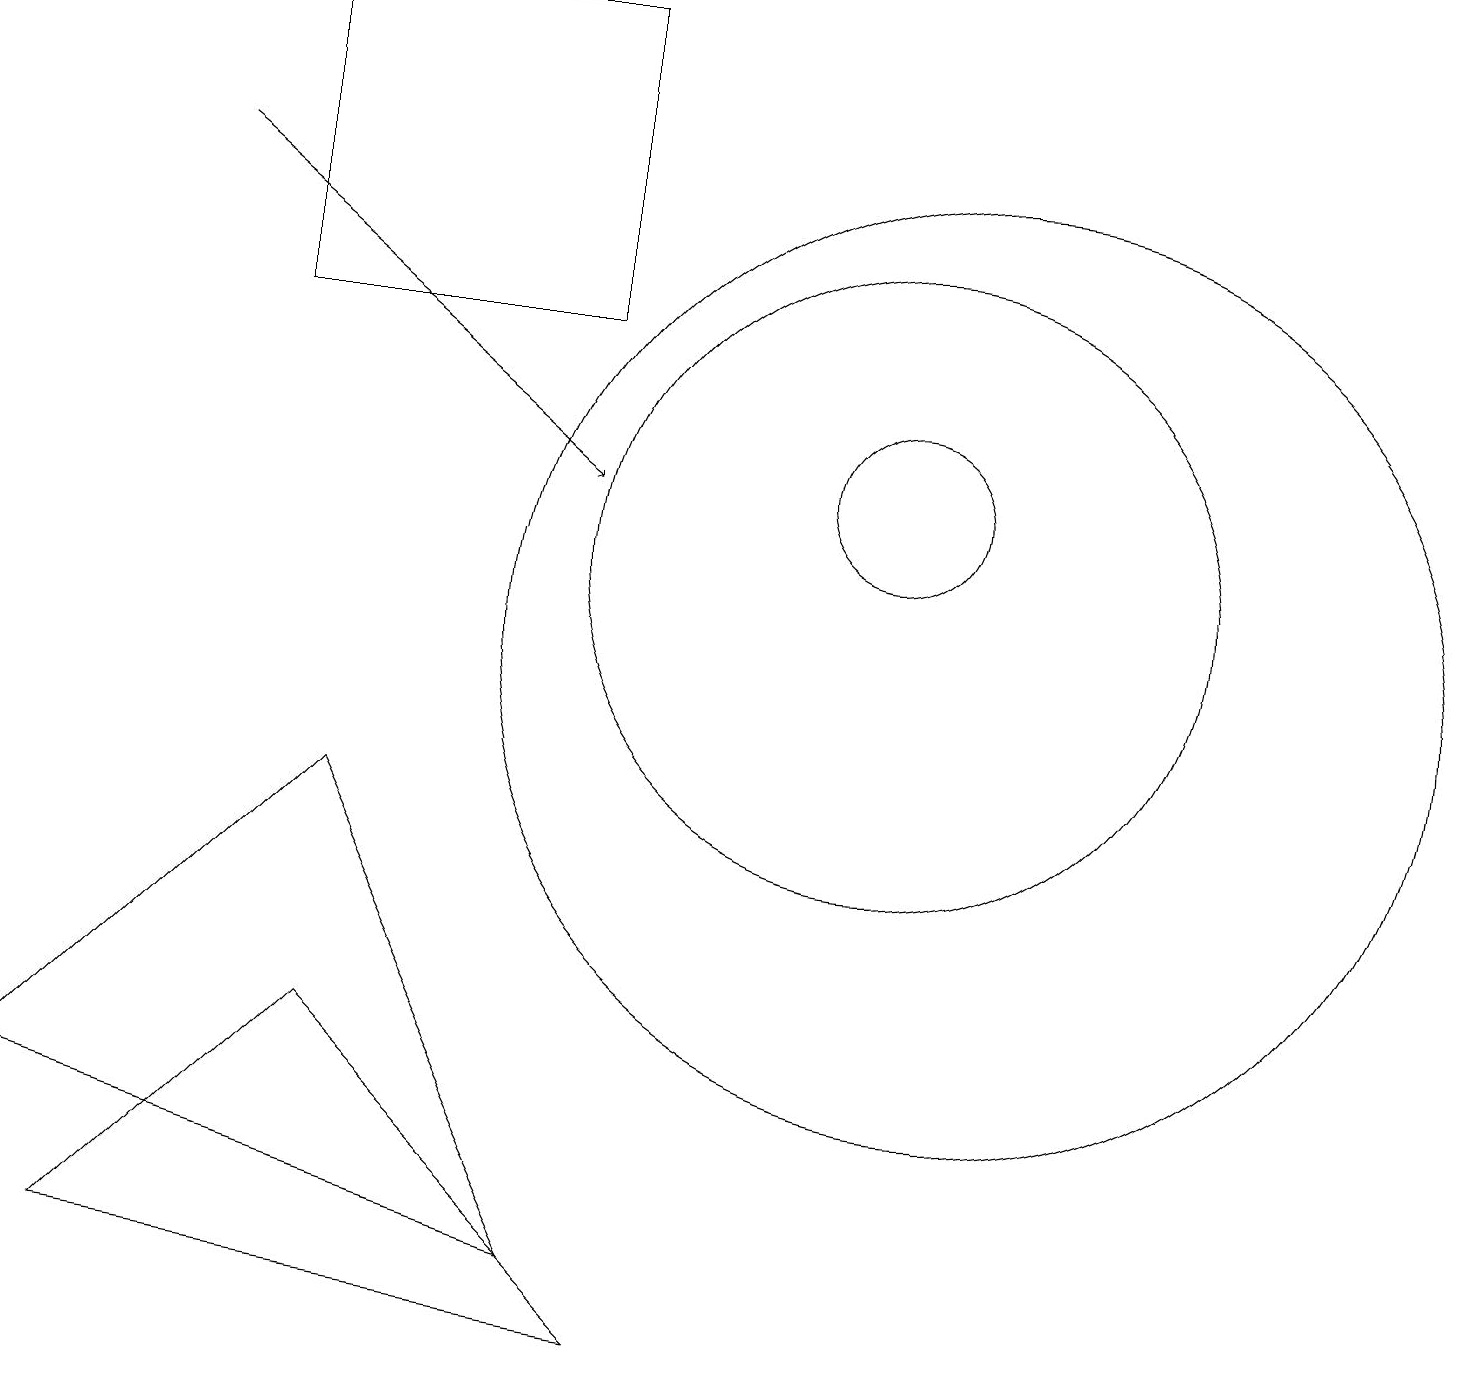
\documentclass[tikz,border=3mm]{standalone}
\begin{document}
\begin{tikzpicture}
\draw[->] (2,16) -- (7,12);
\draw (0,4) -- (7,2) -- (4,8) -- cycle;
\draw (11,12) circle (1);
\draw (7,18) rectangle (3,14);
\draw (12,10) circle (6);
\draw (1,2) -- (8,1) -- (4,5) -- cycle;
\draw (10,11) circle (0);
\draw (11,11) circle (4);
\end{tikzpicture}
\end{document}